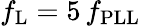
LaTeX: f_{\mathrm{L}}=5\, f_{\mathrm{PLL}}